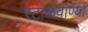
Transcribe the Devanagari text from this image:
रटाळवाण्या